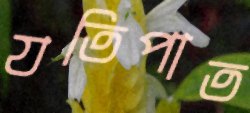
যতিপাত